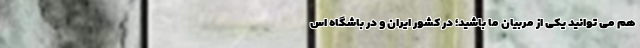
هم می توانید یکی از مربیان ما باشید؛ در کشور ایران و در باشگاه اس